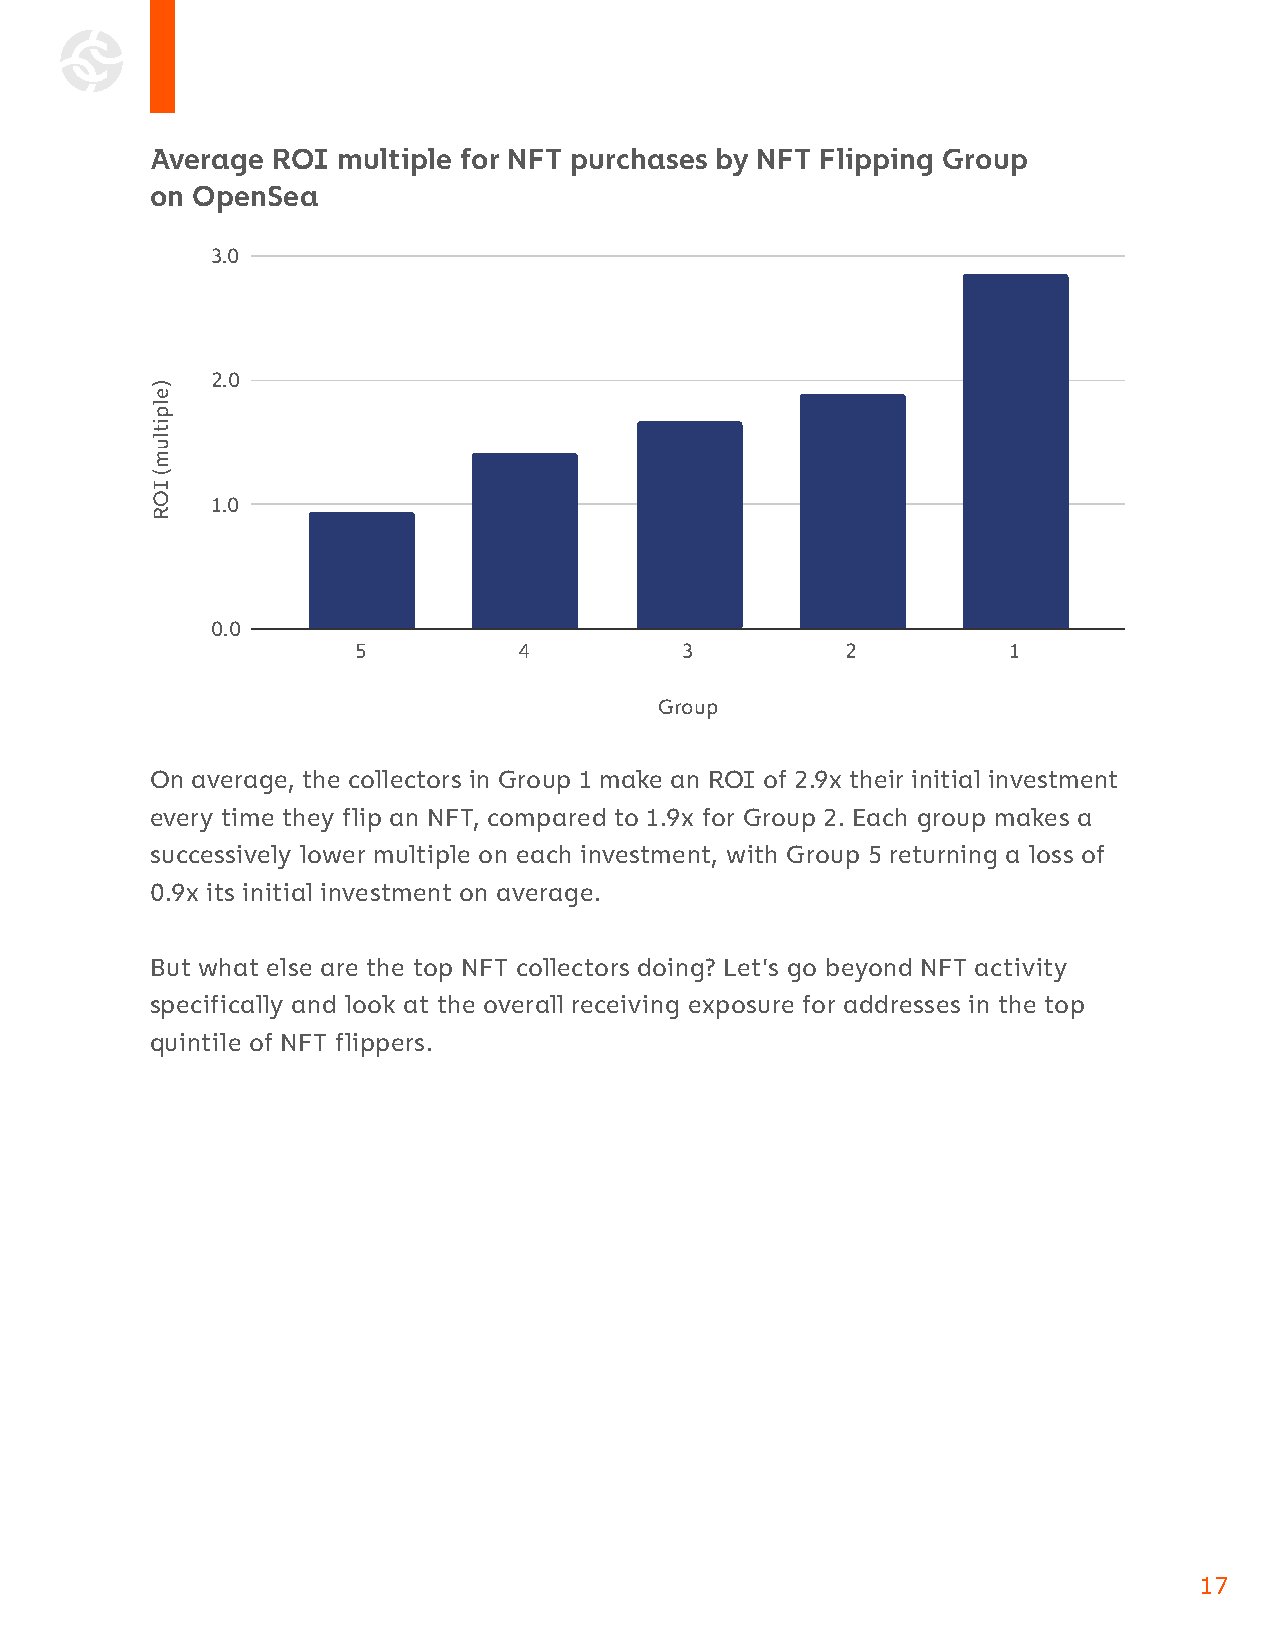
Average ROI multiple for NFT purchases by NFT Flipping Group
 on OpenSea
 3.0
 2.0
 1.0
 0.0
 5         4          3          2          1
 Group
 On average, the collectors in Group 1 make an ROI of 2.9x their initial investment
 every time they flip an NFT, compared to 1.9x for Group 2. Each group makes a
 successively lower multiple on each investment, with Group 5 returning a loss of
 0.9x its initial investment on average.
 But what else are the top NFT collectors doing? Let’s go beyond NFT activity
 specifically and look at the overall receiving exposure for addresses in the top
 quintile of NFT flippers.
 17
 )elpitlum(
 IOR